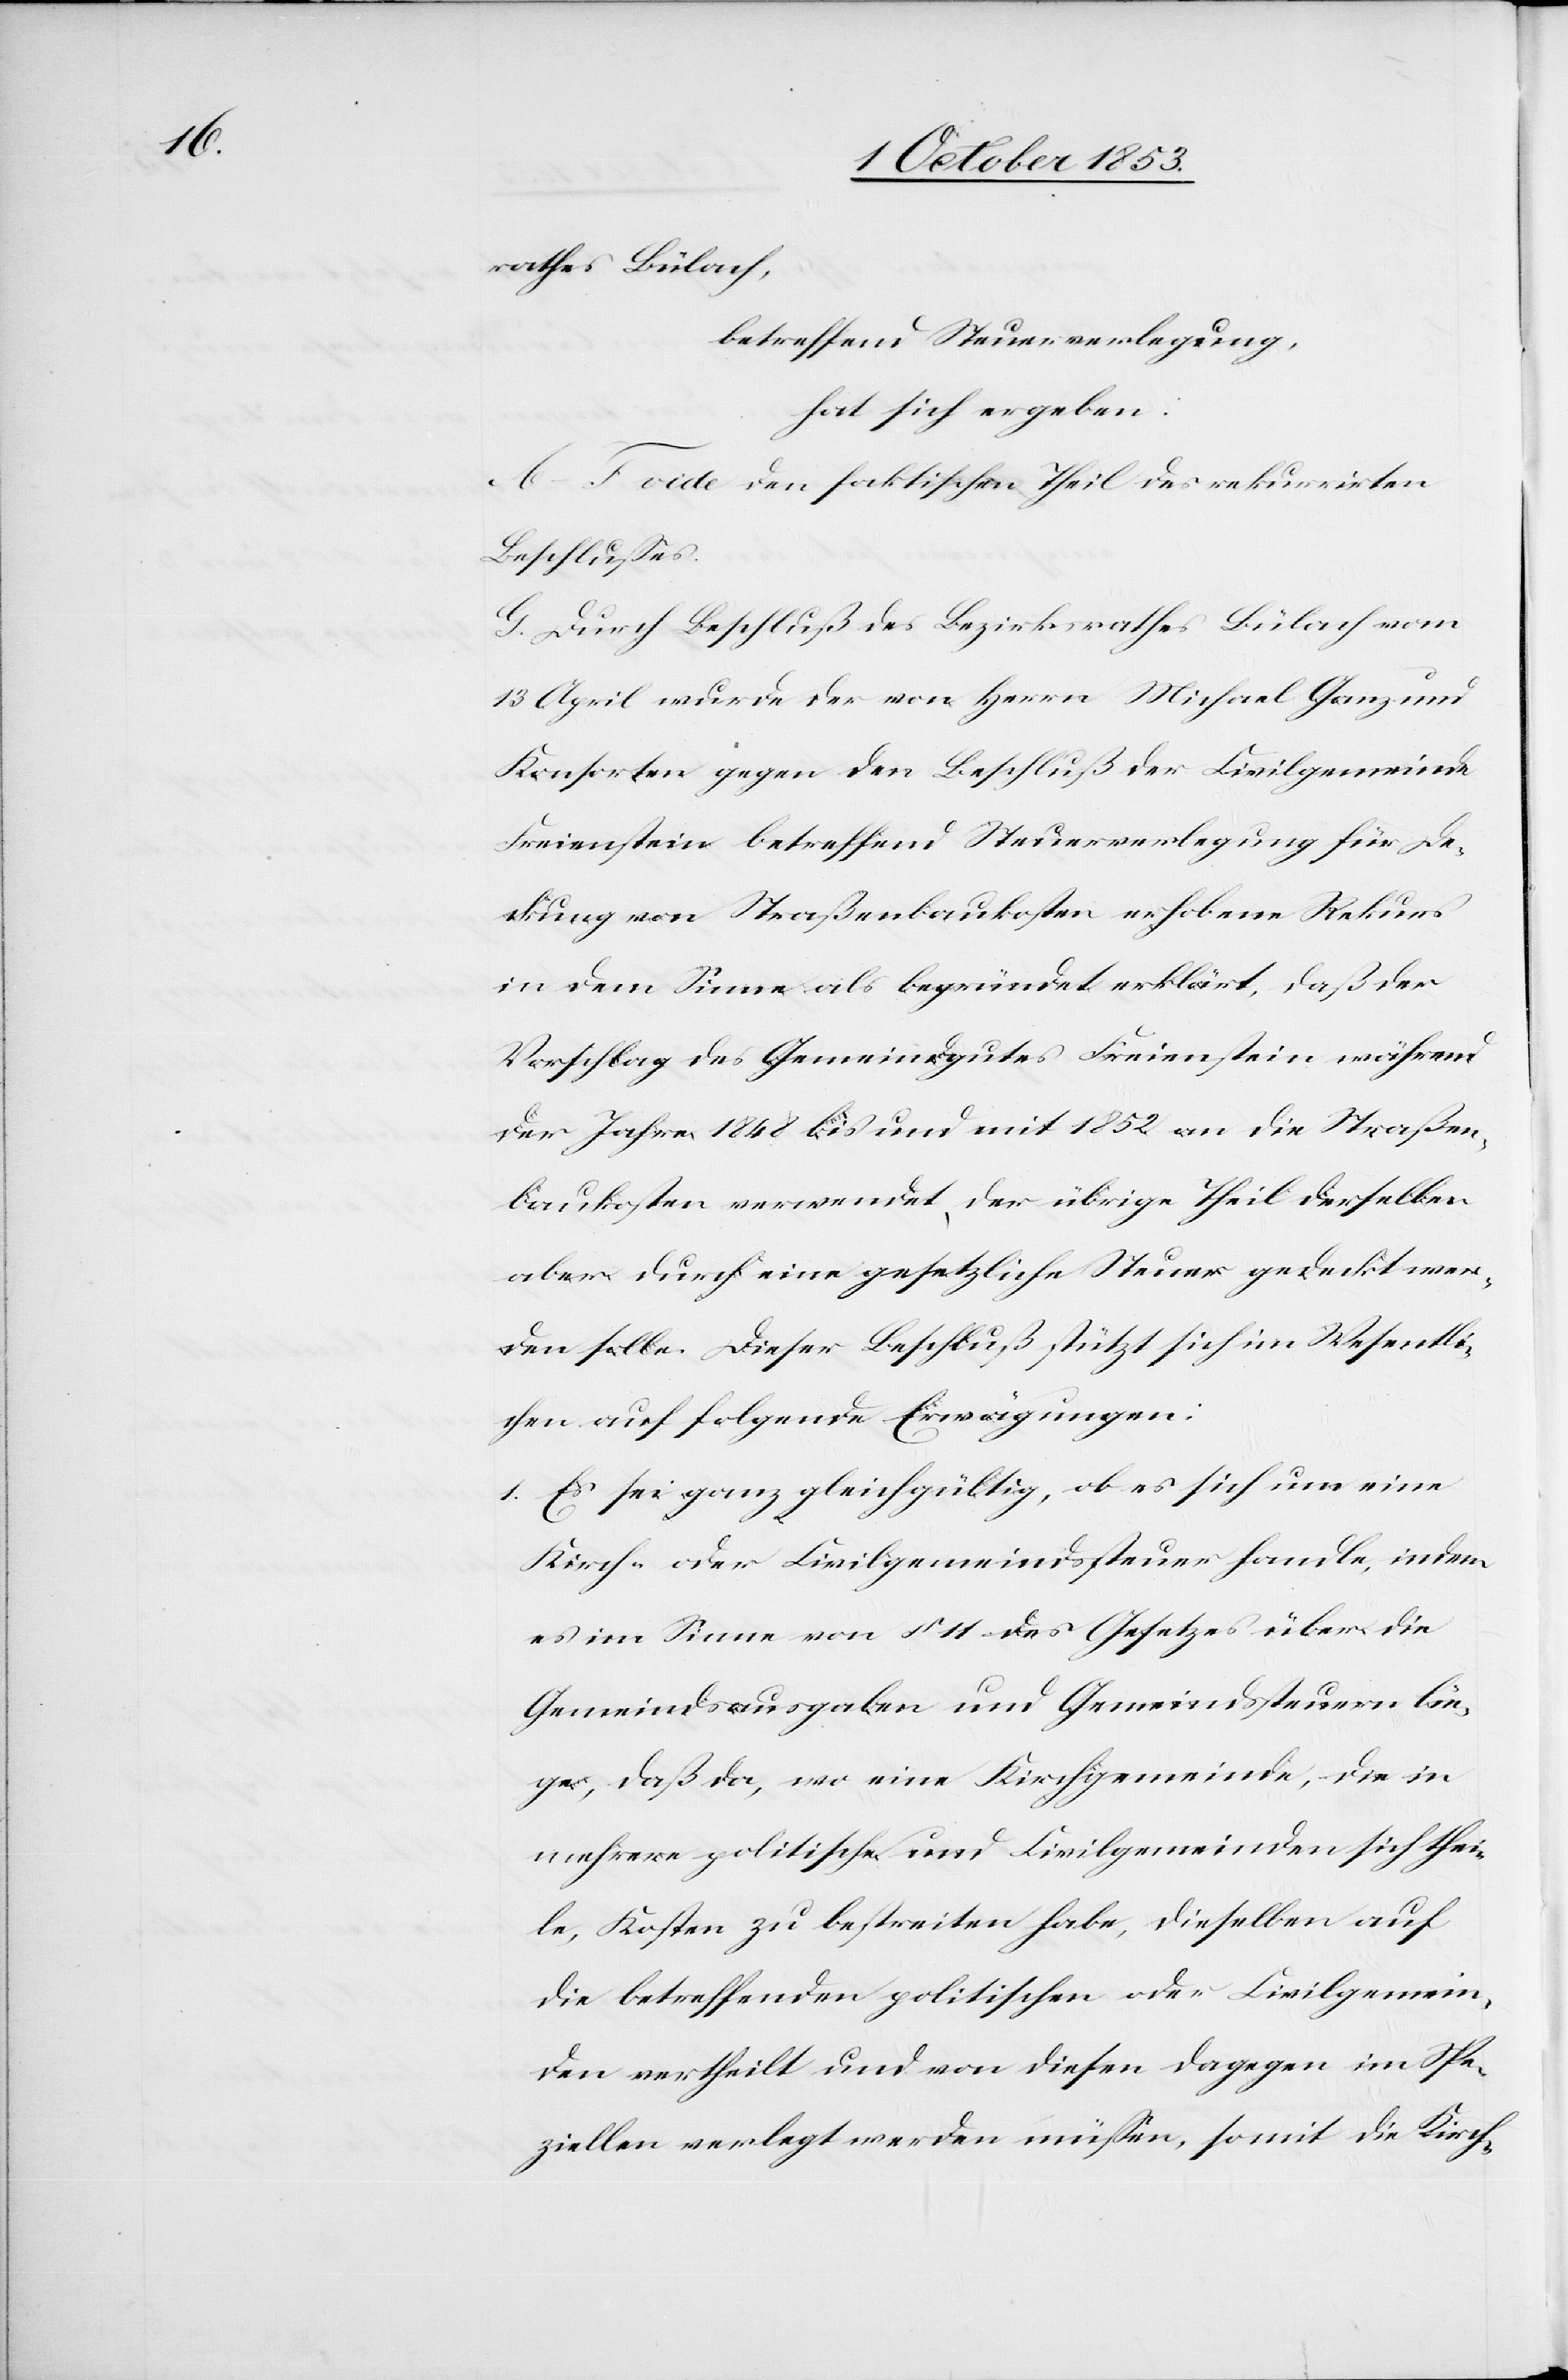
rathes Bülach,
betreffend Steuerverlegung,
hat sich ergeben:
A–F. vide den faktischen Theil des rekurrirten
Beschlußes.
G. Durch Beschluß des Bezirksrathes Bülach vom
13 April wurde der von Herrn Michael Ganz und
Konsorten gegen den Beschluß der Civilgemeinde
Freienstein betreffend Steuerverlegung für De¬
ckung von Straßenbaukosten erhobene Rekurs
in dem Sinne als begründet erklärt, daß der
Vorschlag des Gemeindgutes Freienstein während
der Jahre 1848 bis und mit 1852 an die Straßen¬
baukosten verwendet, der übrige Theil derselben
aber durch eine gesetzliche Steuer gedruckt wer¬
den solle. Dieser Beschluß stützt sich im Wesentli¬
chen auf folgende Erwägungen:
1. Es sei ganz gleichgültig, ob es sich um eine
Kirch- oder Civilgemeindssteuer handle, indem
es im Sinne von § 11 des Gesetzes über die
Gemeindsausgaben und Gemeindssteuern lie¬
ge, daß da, wo eine Kirchgemeinde, die in
mehrere politische und Civilgemeinden sich thei¬
le, Kosten zu bestreiten habe, dieselben auf
die betreffenden politischen oder Civilgemein¬
den vertheilt und von diesen dagegen im Spe¬
ziellen verlegt werden müßen, somit die Kirch-